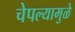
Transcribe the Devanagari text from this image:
चेपल्यामुळे